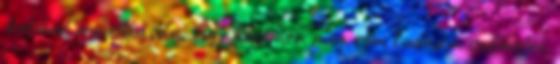
betűvel a mellkasán. Egy kezemen meg sem tudnám számolni,